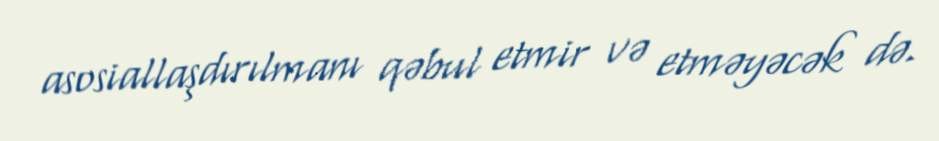
asosiallaşdırılmanı qəbul etmir və etməyəcək də.